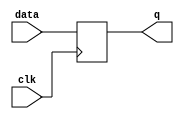
module dff32(data,clk,q);
input [31:0]data;
input clk;
output [31:0]q;
reg [31:0]q;
always@(posedge clk)
begin 
	q<=data;
end
endmodule